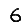
Digit: 6